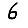
Digit: 6